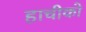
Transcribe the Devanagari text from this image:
हाचीको